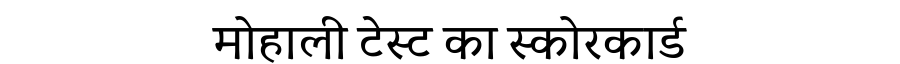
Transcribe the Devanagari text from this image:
मोहाली टेस्ट का स्कोरकार्ड